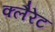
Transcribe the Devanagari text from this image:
क्लैरेट